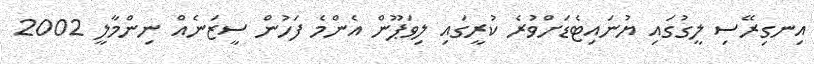
އިނގިރޭސި ލީގުގައި ޔުނައިޓެޑަށްވުރެ ކުރީގައި ލިވަޕޫން އެންމެ ފަހުން ސީޒަނެއް ނިންމާލީ 2002